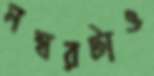
নম্বরটাও